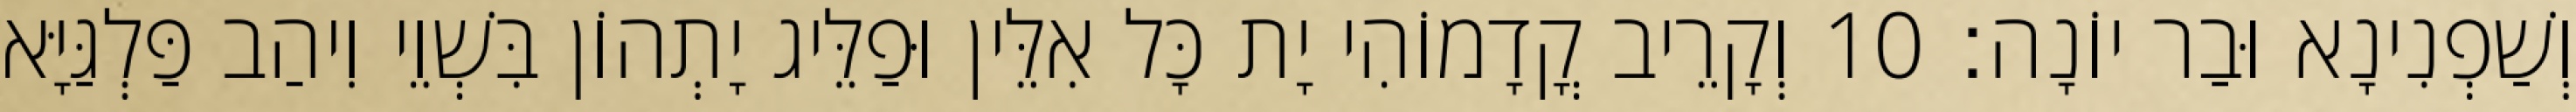
וְשַׁפְנִינָא וּבַר יוֹנָה׃ 10 וְקָרֵיב קֳדָמוֹהִי יָת כָּל אִלֵּין וּפַלֵּיג יָתְהוֹן בִּשְׁוֵי וִיהַב פַּלְגַּיָּא